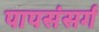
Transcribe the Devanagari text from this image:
पापसंसर्ग